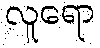
လူရော